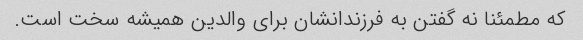
که مطمئنا نه گفتن به فرزندانشان برای والدین همیشه سخت است.